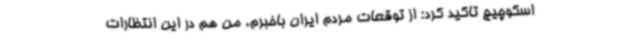
اسکوچیچ تاکید کرد: از توقعات مردم ایران باخبرم، من هم در این انتظارات